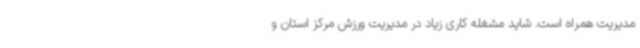
مدیریت همراه است. شاید مشغله کاری زیاد در مدیریت ورزش مرکز استان و